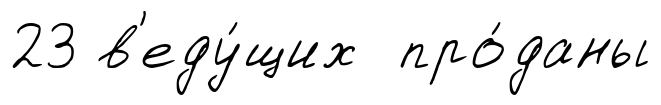
23 в'еду́щих про́даны